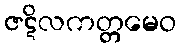
ဇဋိလကတ္တမေဝ